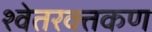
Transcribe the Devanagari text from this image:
श्वेतरक्तकण